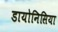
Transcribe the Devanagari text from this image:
डायोनिसिया